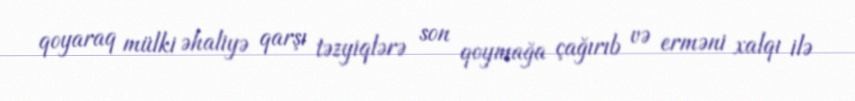
qoyaraq mülki əhaliyə qarşı təzyiqlərə son qoymağa çağırıb və erməni xalqı ilə